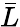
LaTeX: \bar{L}